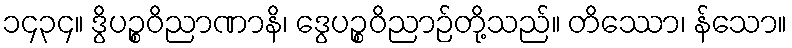
၁၄၃၄။ ဒွိပဉ္စဝိညာဏာနိ၊ ဒွေပဉ္စဝိညာဉ်တို့သည်။ တိဿော၊ န်သော။